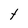
Character: t